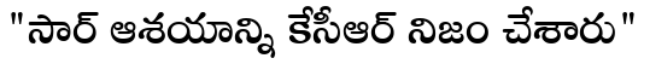
"సార్ ఆశయాన్ని కేసీఆర్ నిజం చేశారు"